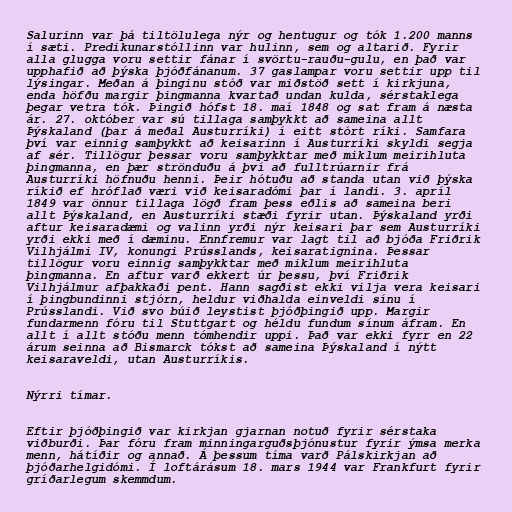
Salurinn var þá tiltölulega nýr og hentugur og tók 1.200 manns
í sæti. Predikunarstóllinn var hulinn, sem og altarið. Fyrir
alla glugga voru settir fánar í svörtu-rauðu-gulu, en það var
upphafið að þýska þjóðfánanum. 37 gaslampar voru settir upp til
lýsingar. Meðan á þinginu stóð var miðstöð sett í kirkjuna,
enda höfðu margir þingmanna kvartað undan kulda, sérstaklega
þegar vetra tók. Þingið hófst 18. maí 1848 og sat fram á næsta
ár. 27. október var sú tillaga samþykkt að sameina allt
Þýskaland (þar á meðal Austurríki) í eitt stórt ríki. Samfara
því var einnig samþykkt að keisarinn í Austurríki skyldi segja
af sér. Tillögur þessar voru samþykktar með miklum meirihluta
þingmanna, en þær strönduðu á því að fulltrúarnir frá
Austurríki höfnuðu henni. Þeir hótuðu að standa utan við þýska
ríkið ef hróflað væri við keisaradómi þar í landi. 3. apríl
1849 var önnur tillaga lögð fram þess eðlis að sameina beri
allt Þýskaland, en Austurríki stæði fyrir utan. Þýskaland yrði
aftur keisaradæmi og valinn yrði nýr keisari þar sem Austurríki
yrði ekki með í dæminu. Ennfremur var lagt til að bjóða Friðrik
Vilhjálmi IV, konungi Prússlands, keisaratignina. Þessar
tillögur voru einnig samþykktar með miklum meirihluta
þingmanna. En aftur varð ekkert úr þessu, því Friðrik
Vilhjálmur afþakkaði pent. Hann sagðist ekki vilja vera keisari
í þingbundinni stjórn, heldur viðhalda einveldi sínu í
Prússlandi. Við svo búið leystist þjóðþingið upp. Margir
fundarmenn fóru til Stuttgart og héldu fundum sínum áfram. En
allt í allt stóðu menn tómhendir uppi. Það var ekki fyrr en 22
árum seinna að Bismarck tókst að sameina Þýskaland í nýtt
keisaraveldi, utan Austurríkis.

Nýrri tímar.

Eftir þjóðþingið var kirkjan gjarnan notuð fyrir sérstaka
viðburði. Þar fóru fram minningarguðsþjónustur fyrir ýmsa merka
menn, hátíðir og annað. Á þessum tíma varð Pálskirkjan að
þjóðarhelgidómi. Í loftárásum 18. mars 1944 var Frankfurt fyrir
gríðarlegum skemmdum.